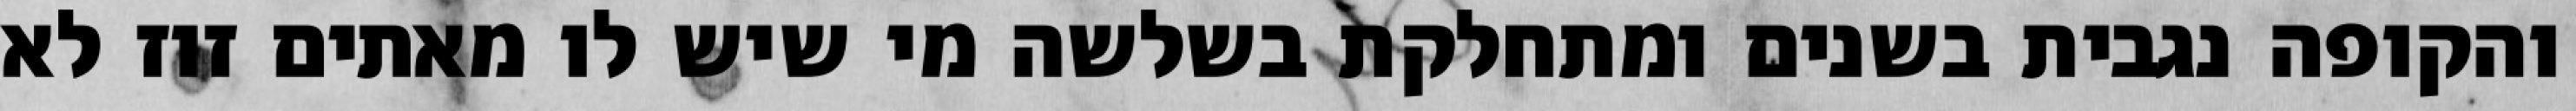
והקופה נגבית בשנים ומתחלקת בשלשה מי שיש לו מאתים זוז לא